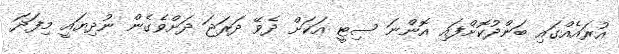
އުރައެއްގައި ބަންދުކޮށްފައި އޮންނަ ސިޓީ އަކަށް ދެވޭ ދަރަޖަ ދަށްވެގެން ނުދިޔައީ މިފަދަ